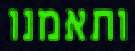
ותאמנו